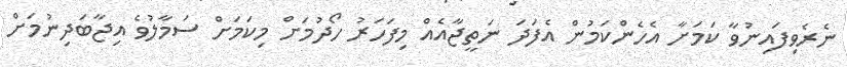
ނެރެވިފައިނުވާ ކަމަށާ އެހެންކަމުން އެފަދަ ނަތީޖާއެއް މިފަހަރު ހޯދުމަށް މިކަމަށް ސަމާލުވެ އިޖާބަދިނުމަށް